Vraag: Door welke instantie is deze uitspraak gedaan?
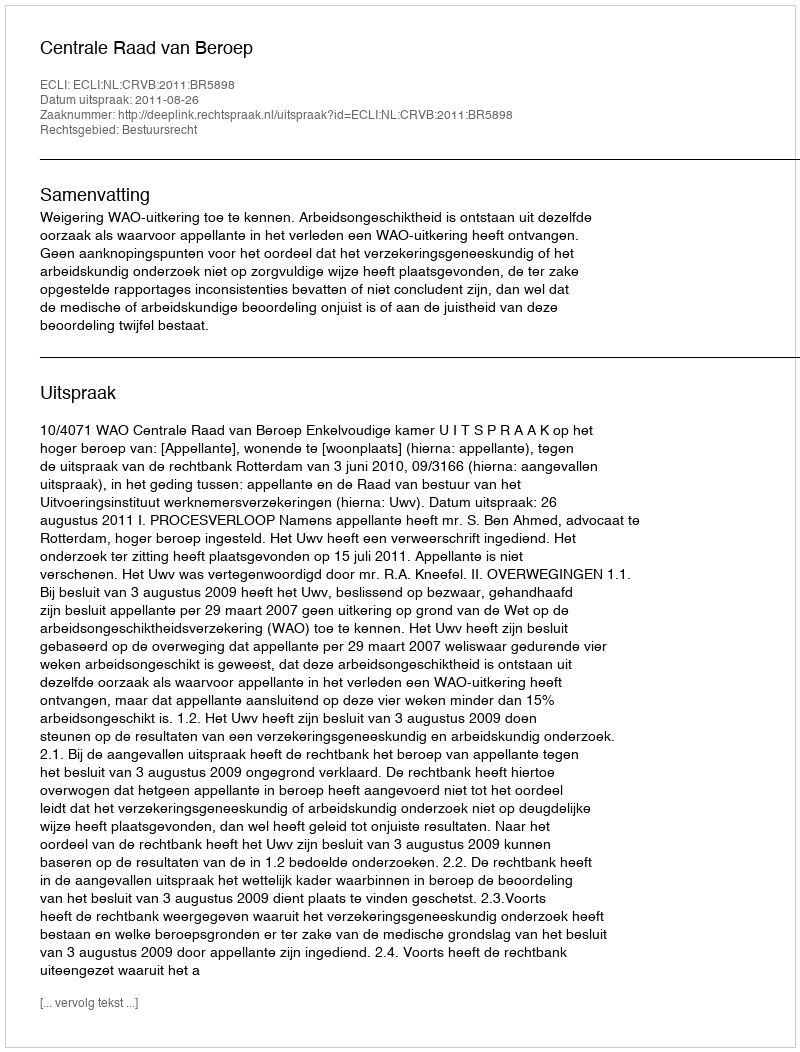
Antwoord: Centrale Raad van Beroep